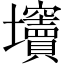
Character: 𡔍